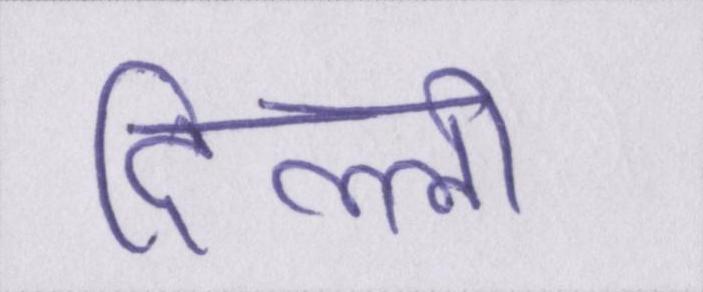
दिल्ली